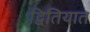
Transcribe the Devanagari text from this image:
द्वितियात